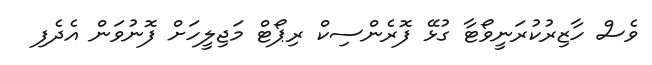
ވެސް ހާޒިރުކުރަނީވޯޓާ ގުޅޭ ފޮރެންސިކް ރިޕޯޓް މަޖިލީހަށް ފޮނުވަން އެދެފި